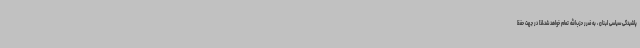
پاشیدگی سیاسی لبنان ، به ضرر حزب‌الله تمام خواهد شد،لذا در جهت حفظ